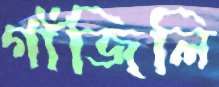
গাঁজিলি